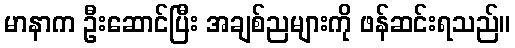
မာနာက ဦးဆောင်ပြီး အချစ်ညများကို ဖန်ဆင်းရသည်။